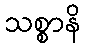
သစ္စာနိ